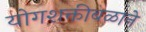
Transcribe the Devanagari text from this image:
योगशक्तीबळाने